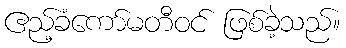
ဧည့်ခံကော်မတီဝင် ဖြစ်ခဲ့သည်။